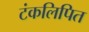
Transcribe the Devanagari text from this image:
टंकलिपित